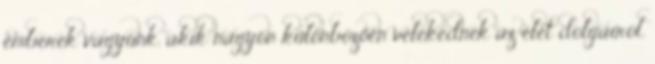
emberek vagyunk, akik nagyon különbözően vélekednek az élet dolgairól.